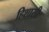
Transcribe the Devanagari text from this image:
हिशासी